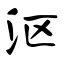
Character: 沤